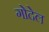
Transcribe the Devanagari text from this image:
गोदेल